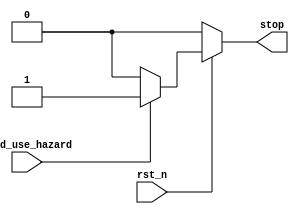
//`timescale 1ns / 1ps
//////////////////////////////////////////////////////////////////////////////////
// Company: 
// Engineer: 
// 
// Design Name: 
// Module Name: stop_pipelined_unit
// Project Name: 
// Target Devices: 
// Tool Versions: 
// Description: 
// 
// Dependencies: 
// 
// Revision:
// Revision 0.01 - File Created
// Additional Comments:
// 
//////////////////////////////////////////////////////////////////////////////////


module stop_pipelined_unit(
    input   rst_n,
    input   load_use_hazard,
    output  reg stop
    );
    
always @ (*) begin
    if(rst_n=='b0) begin
        stop='b0;
    end
    else if(load_use_hazard=='b1) begin
        stop='b1;
    end
    else begin
        stop='b0;
    end
end
    
endmodule